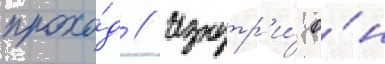
прохо́д // Изнутр'и́ о́н